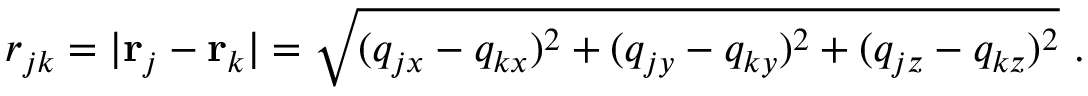
r _ { j k } = | \mathbf { r } _ { j } - \mathbf { r } _ { k } | = \sqrt { ( q _ { j x } - q _ { k x } ) ^ { 2 } + ( q _ { j y } - q _ { k y } ) ^ { 2 } + ( q _ { j z } - q _ { k z } ) ^ { 2 } } ~ .